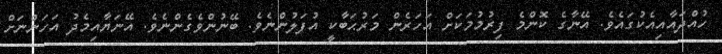
ހުއްދައާއިއެކުގައެވެ. އޭނާގެ ކޮންމެ ފިރުމުމަކަށް އަހަރެން މަރުޙަބާކީ އުފަލުންނެވެ. ބޭނުންވެގެންނެވެ. އޭނަޔާއިމެދު އަހަންނަށް